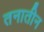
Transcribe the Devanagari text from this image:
तनातीन